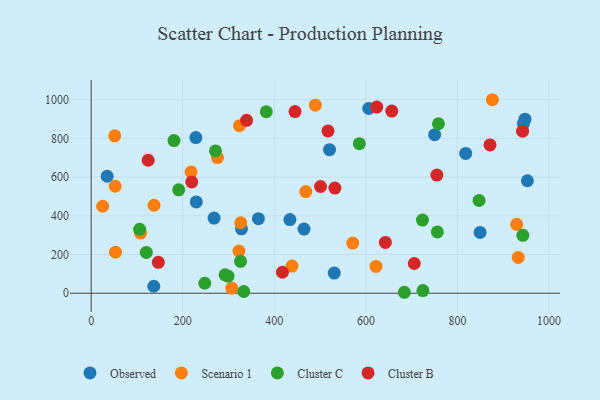
{"axis": {"x": "Ad Spend", "y": "Sales"}, "legend": ["Cluster B", "Cluster C", "Observed", "Scenario 1"], "data": [{"x": "365.3", "y": 384.8, "type": "Observed"}, {"x": "849.4", "y": 314.1, "type": "Observed"}, {"x": "268.4", "y": 388.0, "type": "Observed"}, {"x": "520.6", "y": 741.2, "type": "Observed"}, {"x": "606.3", "y": 954.3, "type": "Observed"}, {"x": "136.8", "y": 36.0, "type": "Observed"}, {"x": "434.0", "y": 380.2, "type": "Observed"}, {"x": "228.6", "y": 804.0, "type": "Observed"}, {"x": "530.9", "y": 104.3, "type": "Observed"}, {"x": "229.6", "y": 471.7, "type": "Observed"}, {"x": "464.9", "y": 331.5, "type": "Observed"}, {"x": "952.7", "y": 580.9, "type": "Observed"}, {"x": "750.2", "y": 818.9, "type": "Observed"}, {"x": "818.0", "y": 722.3, "type": "Observed"}, {"x": "947.5", "y": 898.8, "type": "Observed"}, {"x": "944.0", "y": 876.2, "type": "Observed"}, {"x": "34.9", "y": 604.1, "type": "Observed"}, {"x": "328.3", "y": 332.4, "type": "Observed"}, {"x": "571.2", "y": 259.0, "type": "Scenario 1"}, {"x": "929.4", "y": 355.8, "type": "Scenario 1"}, {"x": "622.1", "y": 138.2, "type": "Scenario 1"}, {"x": "322.7", "y": 217.9, "type": "Scenario 1"}, {"x": "51.3", "y": 813.1, "type": "Scenario 1"}, {"x": "932.8", "y": 184.9, "type": "Scenario 1"}, {"x": "323.9", "y": 865.3, "type": "Scenario 1"}, {"x": "876.3", "y": 999.4, "type": "Scenario 1"}, {"x": "326.6", "y": 363.9, "type": "Scenario 1"}, {"x": "438.6", "y": 140.2, "type": "Scenario 1"}, {"x": "53.1", "y": 212.2, "type": "Scenario 1"}, {"x": "107.8", "y": 310.6, "type": "Scenario 1"}, {"x": "25.0", "y": 449.1, "type": "Scenario 1"}, {"x": "137.3", "y": 454.4, "type": "Scenario 1"}, {"x": "218.2", "y": 625.5, "type": "Scenario 1"}, {"x": "307.1", "y": 26.1, "type": "Scenario 1"}, {"x": "489.6", "y": 971.4, "type": "Scenario 1"}, {"x": "468.7", "y": 525.2, "type": "Scenario 1"}, {"x": "275.8", "y": 700.6, "type": "Scenario 1"}, {"x": "52.4", "y": 552.4, "type": "Scenario 1"}, {"x": "382.5", "y": 937.3, "type": "Cluster C"}, {"x": "105.8", "y": 329.9, "type": "Cluster C"}, {"x": "724.5", "y": 13.5, "type": "Cluster C"}, {"x": "756.1", "y": 316.4, "type": "Cluster C"}, {"x": "248.1", "y": 51.5, "type": "Cluster C"}, {"x": "723.6", "y": 378.0, "type": "Cluster C"}, {"x": "292.5", "y": 95.1, "type": "Cluster C"}, {"x": "942.8", "y": 299.0, "type": "Cluster C"}, {"x": "298.8", "y": 87.8, "type": "Cluster C"}, {"x": "333.3", "y": 8.9, "type": "Cluster C"}, {"x": "271.5", "y": 735.2, "type": "Cluster C"}, {"x": "684.0", "y": 4.9, "type": "Cluster C"}, {"x": "758.5", "y": 875.2, "type": "Cluster C"}, {"x": "120.4", "y": 210.9, "type": "Cluster C"}, {"x": "180.8", "y": 788.3, "type": "Cluster C"}, {"x": "585.7", "y": 772.6, "type": "Cluster C"}, {"x": "847.2", "y": 479.4, "type": "Cluster C"}, {"x": "191.2", "y": 534.2, "type": "Cluster C"}, {"x": "326.2", "y": 164.5, "type": "Cluster C"}, {"x": "623.7", "y": 961.3, "type": "Cluster B"}, {"x": "871.1", "y": 766.0, "type": "Cluster B"}, {"x": "339.4", "y": 893.2, "type": "Cluster B"}, {"x": "942.2", "y": 836.8, "type": "Cluster B"}, {"x": "219.6", "y": 574.8, "type": "Cluster B"}, {"x": "642.5", "y": 262.4, "type": "Cluster B"}, {"x": "656.6", "y": 940.8, "type": "Cluster B"}, {"x": "146.7", "y": 159.5, "type": "Cluster B"}, {"x": "532.3", "y": 543.1, "type": "Cluster B"}, {"x": "517.2", "y": 838.5, "type": "Cluster B"}, {"x": "755.0", "y": 610.3, "type": "Cluster B"}, {"x": "705.7", "y": 153.6, "type": "Cluster B"}, {"x": "124.5", "y": 686.7, "type": "Cluster B"}, {"x": "417.7", "y": 108.2, "type": "Cluster B"}, {"x": "500.9", "y": 551.3, "type": "Cluster B"}, {"x": "445.2", "y": 938.1, "type": "Cluster B"}]}